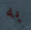
به